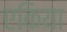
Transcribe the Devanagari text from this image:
एकिया